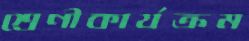
শ্রেণীকার্যক্রম